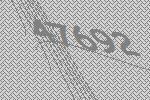
47692